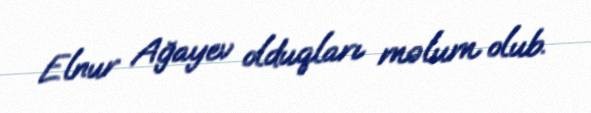
Elnur Ağayev olduqları məlum olub.